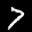
Label: 7